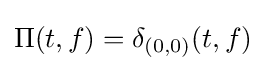
\Pi (t,f)=\delta _{(0,0)}(t,f)